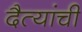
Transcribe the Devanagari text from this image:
दैत्यांची